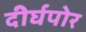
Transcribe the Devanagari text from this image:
दीर्घपोर